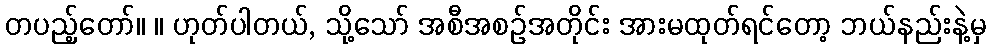
တပည့်တော်။ ။ ဟုတ်ပါတယ်, သို့သော် အစီအစဉ်အတိုင်း အားမထုတ်ရင်တော့ ဘယ်နည်းနဲ့မှ